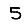
Digit: 5